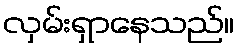
လှမ်းရှာနေသည်။